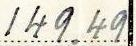
149.49